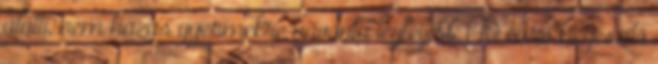
alatti, nem házas gyermekre havonta legfeljebb 140 euró kiegészítő